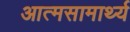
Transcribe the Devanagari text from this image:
आत्मसामार्थ्य